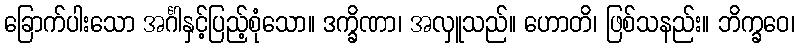
ခြောက်ပါးသော အင်္ဂါနှင့်ပြည့်စုံသော။ ဒက္ခိဏာ၊ အလှူသည်။ ဟောတိ၊ ဖြစ်သနည်း။ ဘိက္ခဝေ၊